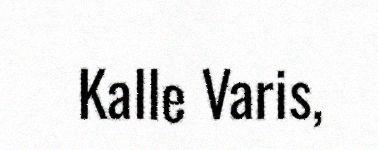
Kalle Varis,